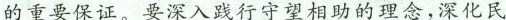
的重要保证。要深入践行守望相助的理念，深化民